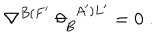
\nabla ^ { B ( F ^ { \prime } } \; \theta _ { B } ^ { \; \; A ^ { \prime } ) L ^ { \prime } } = 0 \; .